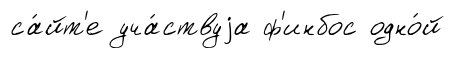
са́йт'е уча́ствуjа ф'инбос одно́й